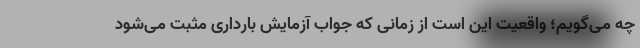
چه می‌گویم؛ واقعیت این است از زمانی که جواب آزمایش بارداری مثبت می‌شود